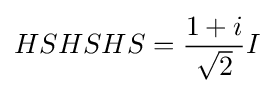
HSHSHS={\frac {1+i}{\sqrt {2}}}I